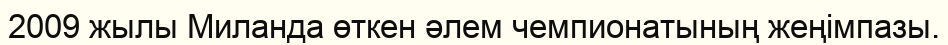
2009 жылы Миланда өткен әлем чемпионатының жеңімпазы.